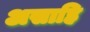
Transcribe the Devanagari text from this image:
असाहि